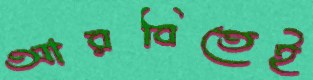
আরবিতেই